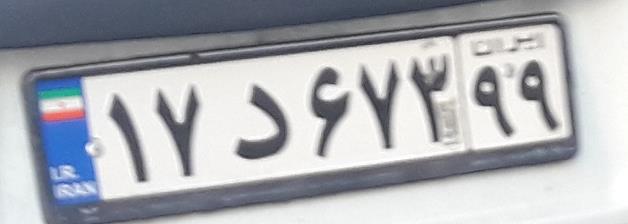
۱۷د۶۷۳۹۹